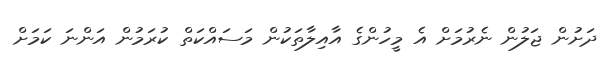
ދަށުން ޖަލުން ނެރުމަށް އެ މީހުންގެ އާއިލާތަކުން މަސައްކަތް ކުރަމުން އަންނަ ކަމަށް